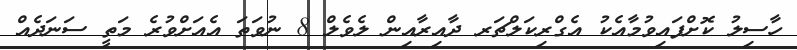
ހާސިލު ކޮށްފައިވުމާއެކު އެގްރިކަލްޗަރ ދާއިރާއިން ލެވެލް 8 ނުވަތަ އެއަށްވުރެ މަތީ ސަނަދެއް